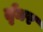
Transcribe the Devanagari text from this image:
र्तृधर